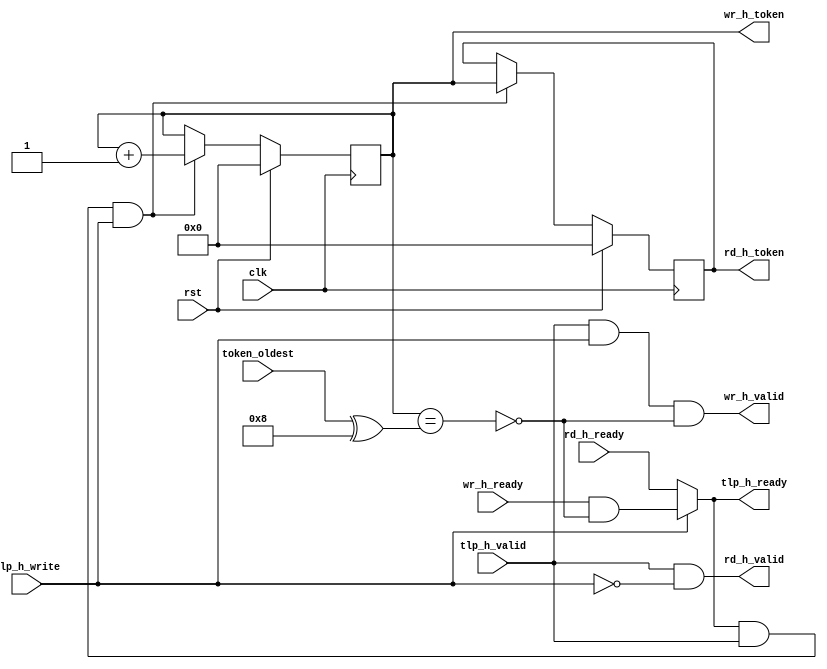

module dlsc_pcie_s6_inbound_dispatch #(
    parameter TOKN      = 4
) (
    // System
    input   wire                clk,
    input   wire                rst,
    
    // TLP header input
    output  wire                tlp_h_ready,
    input   wire                tlp_h_valid,
    input   wire                tlp_h_write,

    // TLP read headers
    input   wire                rd_h_ready,
    output  wire                rd_h_valid,
    output  reg     [TOKN-1:0]  rd_h_token,

    // TLP write headers
    input   wire                wr_h_ready,
    output  wire                wr_h_valid,
    output  reg     [TOKN-1:0]  wr_h_token,

    // Token feedback
    input   wire    [TOKN-1:0]  token_oldest
);

// generate transaction ordering tokens

wire            token_full      = (wr_h_token == (token_oldest ^ {1'b1,{(TOKN-1){1'b0}}}));

always @(posedge clk) begin
    if(rst) begin
        rd_h_token      <= 0;
        wr_h_token      <= 0;
    end else begin
        if(tlp_h_ready && tlp_h_valid && tlp_h_write) begin
            rd_h_token      <= wr_h_token;
            wr_h_token      <= wr_h_token + 1;
        end
    end
end

// handshake

assign          rd_h_valid      = tlp_h_valid && !tlp_h_write;
assign          wr_h_valid      = tlp_h_valid &&  tlp_h_write && !token_full;

assign          tlp_h_ready     = tlp_h_write ? ( wr_h_ready && !token_full ) : ( rd_h_ready );

endmodule